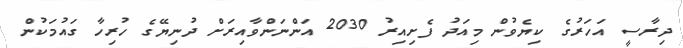
ދިރާސީ އަހަރުގެ ކިޔެވުން މިއަދު ފެށިއިރު 2030 އަންނަންވާއިރަށް ދުނިޔޭގެ ހުރިހާ ގައުމަކުން